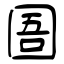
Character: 圄